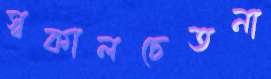
স্বকালচেতনা